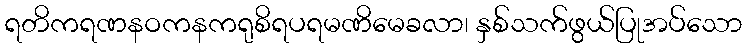
ရတိကရဏနဝကနကရုစိရပရမဏိမေခလာ၊ နှစ်သက်ဖွယ်ပြုအပ်သော